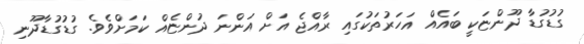
ގުޑުގުޑާ ދޫންޏަކީ ބައެއް އަހަރުތަކުގައި ރާއްޖެ އަށް އަންނަ ދުންޏެއް ކަމަށްވެވެ. ގުޑުގުޑާދޫނި